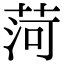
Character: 菏